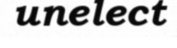
unelect